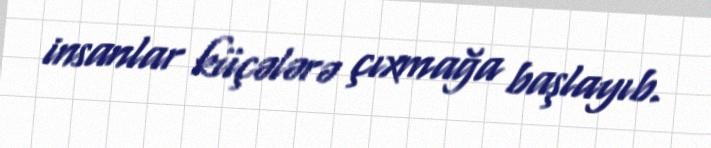
insanlar küçələrə çıxmağa başlayıb.